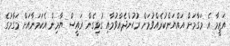
އަޒީމާ އެ މަގާމަށް އައްޔަންކުރެއްވުމަށް ރުހުންދެއްވުމާއި ގުޅިގެން ރައީސް ޔާމިން އެކަމަނާއަށް މަގާމުގެ